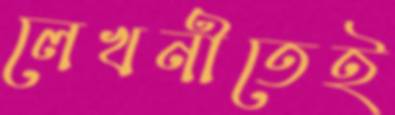
লেখনীতেই